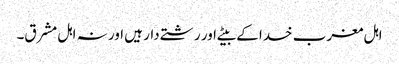
اہل مغرب خدا کے بیٹے اور رشتے دار ہیں اور نہ اہل مشرق۔